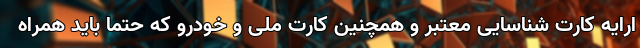
ارایه کارت شناسایی معتبر و همچنین کارت ملی و خودرو که حتما باید همراه